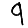
Digit: 9